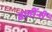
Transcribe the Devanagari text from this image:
बलींनीं